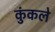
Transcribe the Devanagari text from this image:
कुंकले